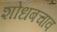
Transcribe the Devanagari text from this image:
शोधबचाव